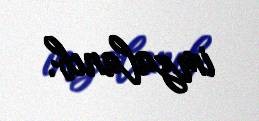
imzalanıb.